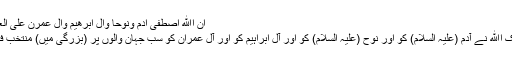
اِنَّ اﷲَ اصْطَفٰٓی اٰدَمَ وَنُوْحًا وَّاٰلَ اِبْرٰهِیْمَ وَاٰلَ عِمْرٰنَ عَلَی الْعٰـلَمِیْنَo
بے شک اﷲ نے آدم (علیہ السلام) کو اور نوح (علیہ السلام) کو اور آلِ ابراہیم کو اور آلِ عمران کو سب جہان والوں پر (بزرگی میں) منتخب فرما لیا۔